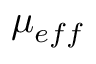
\mu { _ { e f f } }